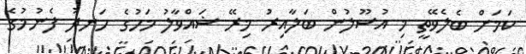
ކަމަށް ބެލެވޭތީ މި އުސޫލުން ބަލާއިރު މިރޭ ޝައްވާލު މަހުގެ ހަނދު ފެނުމުގެ